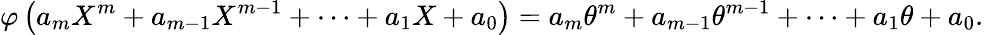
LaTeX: \varphi\left(a_{m}X^{m}+a_{m-1}X^{m-1}+\cdots+a_{1}X+a_{0}\right)=a_{m}\theta^{m}+a_{m-1}\theta^{m-1}+\cdots+a_{1}\theta+a_{0}.